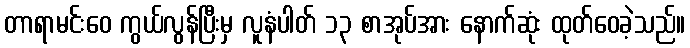
တာရာမင်းဝေ ကွယ်လွန်ပြီးမှ လူနံပါတ် ၁၃ စာအုပ်အား နောက်ဆုံး ထုတ်ဝေခဲ့သည်။